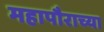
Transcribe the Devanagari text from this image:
महापौराच्या